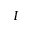
I